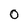
Character: 0